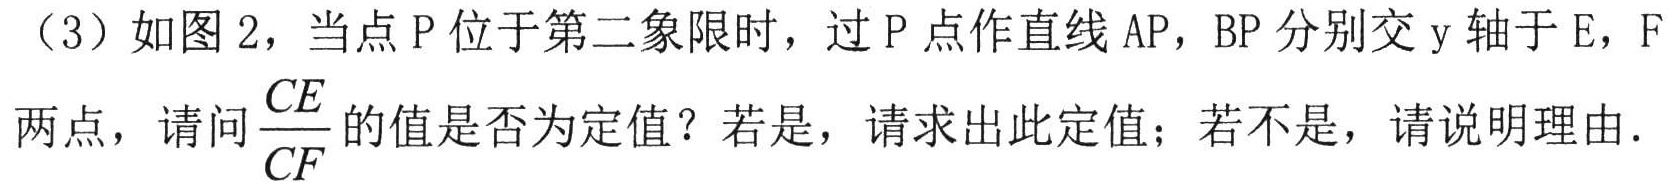
（3）如图 2，当点\(P\)位于第二象限时，过\(P\)点作直线\(AP\)，\(BP\)分别交\(y\)轴于\(E\)，\(F\)两点，请问\(\frac{CE}{CF}\)的值是否为定值？若是，请求出此定值；若不是，请说明理由.